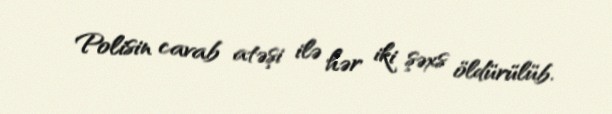
Polisin cavab atəşi ilə hər iki şəxs öldürülüb.